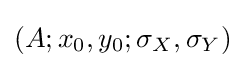
(A;x_{0},y_{0};\sigma _{X},\sigma _{Y})